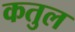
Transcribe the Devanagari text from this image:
कतुल